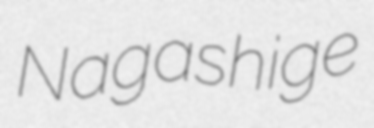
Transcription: Nagashige